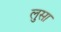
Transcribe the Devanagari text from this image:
लुसा